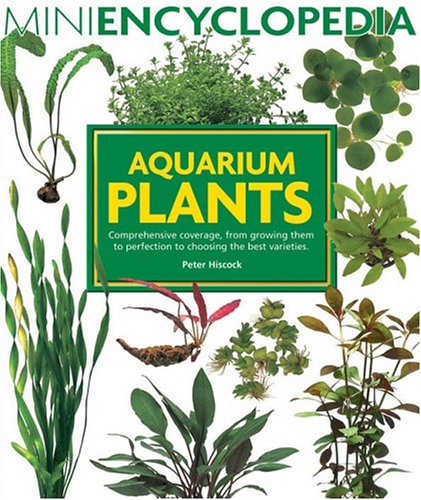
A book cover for Aquarium Plants (Mini Encyclopedia Series for Aquarium Hobbyists); Peter Hiscock; Crafts, Hobbies & Home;